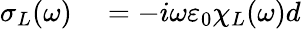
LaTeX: \begin{array}{rl}{\sigma_{L}(\omega)}&{{}=-i\omega\varepsilon_{0}\chi_{L}(\omega)d}\end{array}